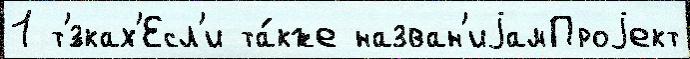
1 т'́зках'Есл'и та́кже назван'иjамПроjект